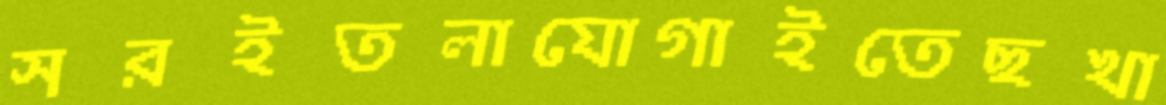
সরইতলাযোগাইতেছখা